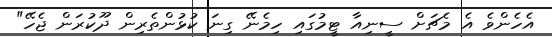
އެހެންވެ އެ މެޗަށް ސީނިއާ ޓީމުގައި ހިމެނޭ ގިނަ ކުޅުންތެރިން ދޫކުރަން ޖެހޭ"